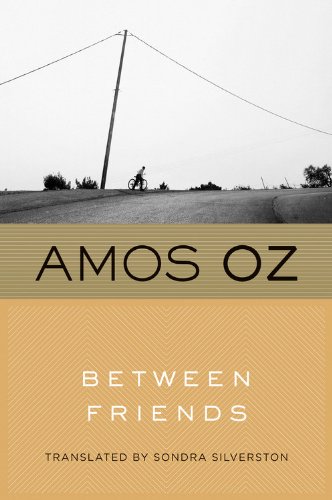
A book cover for Between Friends; Amos Oz; Literature & Fiction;